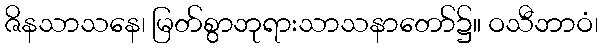
ဇိနသာသနေ၊ မြတ်စွာဘုရားသာသနာတော်၌။ ဝသီဘာဝံ၊